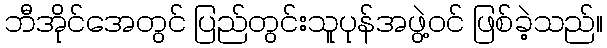
ဘီအိုင်အေတွင် ပြည်တွင်းသူပုန်အဖွဲ့ဝင် ဖြစ်ခဲ့သည်။